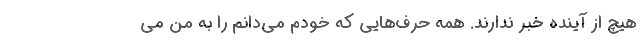
هیچ از آینده خبر ندارند. همه حرف‌هایی که خودم می‌دانم را به من می